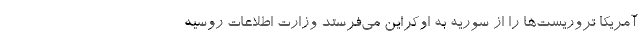
آمریکا تروریست‌ها را از سوریه به اوکراین می‌فرستد وزارت اطلاعات روسیه